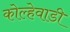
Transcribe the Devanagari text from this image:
कोल्हेवाडी